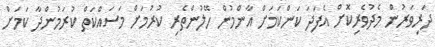
ދަރިވަރުން މެދުވެރިކޮށް އެފަދަ ކަންކަމަށް އާންމުން ހޭލުންތެރި ކުރުމަށް މަސައްކަތް ކުރަމުންދާ ކަމަށް